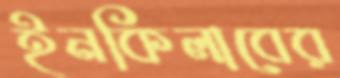
ইনকিলাবের